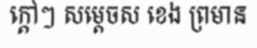
ក្តៅៗ សម្តេចស ខេង ព្រមាន